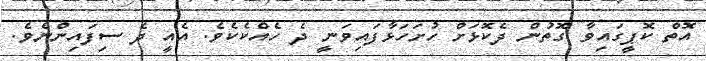
އޮތް ކޮޕީގައިވާ ގޮތުން ދެކޮޅަށް ހުށަހަޅާފައިވަނީ ދެ ހެއްކެކެވެ. އެއީ ދެ ސިފައިންނެވެ.